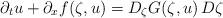
LaTeX: \begin{align*} \partial_t u + \partial_x f (\zeta,u) = D_\zeta G (\zeta,u) \, D\zeta\end{align*}